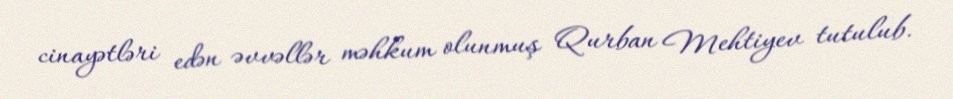
cinayətləri edən əvvəllər məhkum olunmuş Qurban Mehtiyev tutulub.